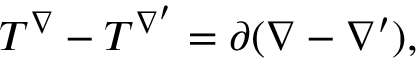
T ^ { \nabla } - T ^ { \nabla ^ { \prime } } = \partial ( \nabla - \nabla ^ { \prime } ) ,